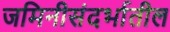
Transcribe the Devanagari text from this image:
जमिनीसंदर्भातील